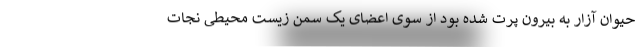
حیوان آزار به بیرون پرت شده بود از سوی اعضای یک سمن زیست محیطی نجات